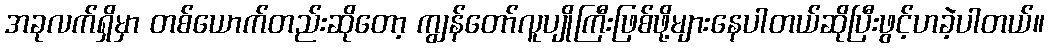
အခုလက်ရှိမှာ တစ်ယောက်တည်းဆိုတော့ ကျွန်တော်လူပျိုကြီးဖြစ်ဖို့များနေပါတယ်ဆိုပြီးဖွင့်ဟခဲ့ပါတယ်။